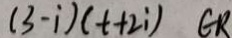
( 3 - i ) ( t + 2 i ) \in R